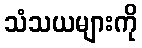
သံသယများကို